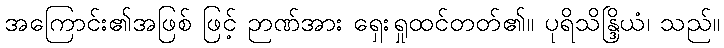
အကြောင်း၏အဖြစ် ဖြင့် ဉာဏ်အား ရှေးရှုထင်တတ်၏။ ပုရိသိန္ဒြိယံ၊ သည်။